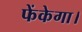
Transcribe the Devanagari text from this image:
फेंकेगा।